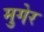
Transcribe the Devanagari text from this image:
मुगेर